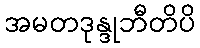
အမတဒုန္ဒုဘီတိပိ